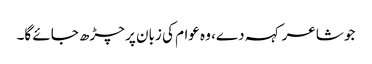
جو شاعر کہہ دے، وہ عوام کی زبان پر چڑھ جائے گا۔